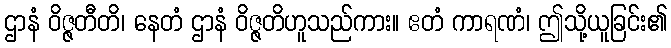
ဌာနံ ဝိဇ္ဇတီတိ၊ နေတံ ဌာနံ ဝိဇ္ဇတိဟူသည်ကား။ ဧတံ ကာရဏံ၊ ဤသို့ယူခြင်း၏